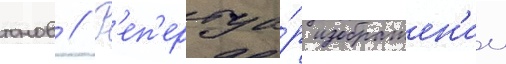
тонов // Р'еп'ертуа́р изображен'ии